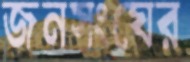
জনসংঘের